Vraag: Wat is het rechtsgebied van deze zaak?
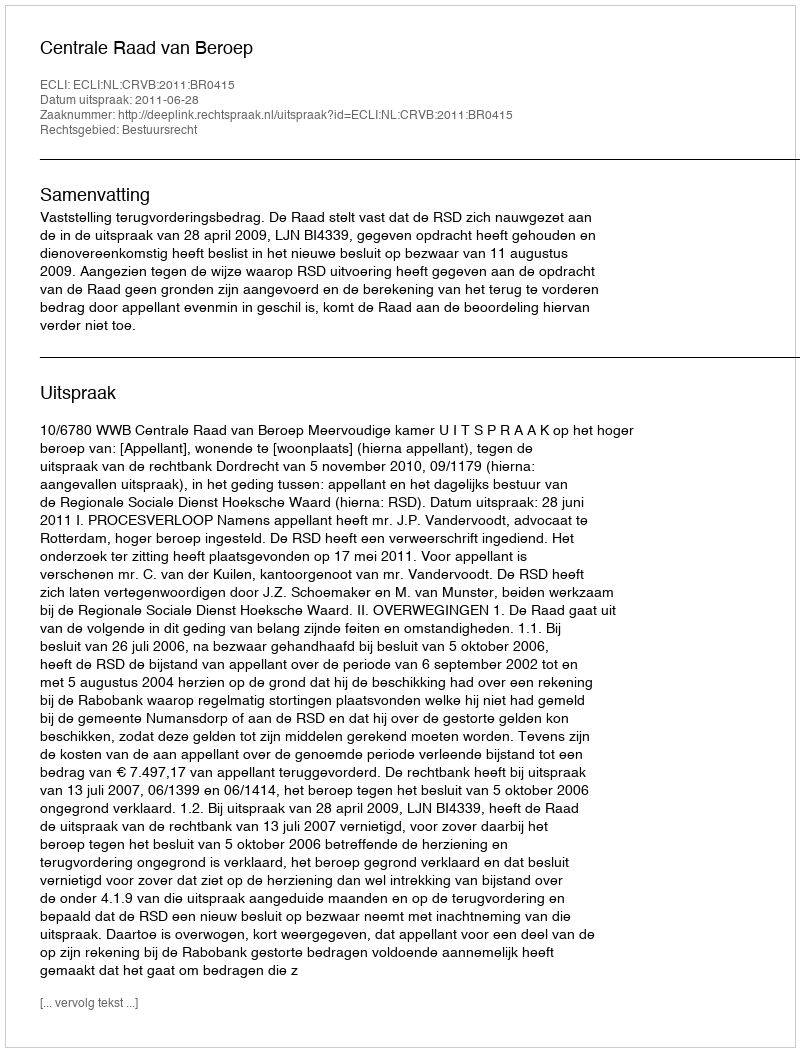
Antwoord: Bestuursrecht